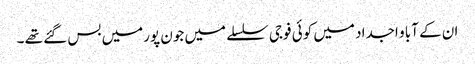
ان کے آبا و اجداد میں کوئی فوجی سلسلے میں جون پورمیں بس گئے تھے ۔